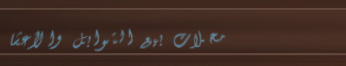
محلات بيع التوابل والأعشا